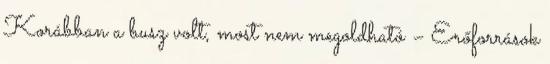
Korábban a busz volt, most nem megoldható – Erőforrások